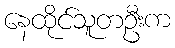
နေထိုင်သူတဦးက